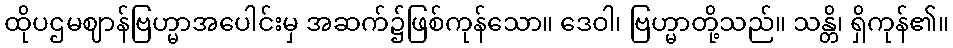
ထိုပဌမဈာန်ဗြဟ္မာအပေါင်းမှ အဆက်၌ဖြစ်ကုန်သော။ ဒေဝါ၊ ဗြဟ္မာတို့သည်။ သန္တိ၊ ရှိကုန်၏။